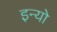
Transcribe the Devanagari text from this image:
इन्यो